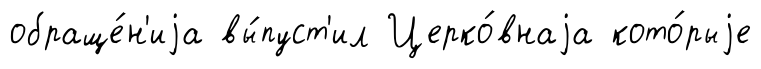
обраще́н'иjа вы́пуст'ил Церко́внаjа кото́рыjе